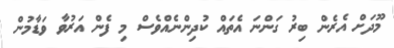
މޫދަށް އެރެން ބިރު ގަންނަ އެތައް ކުދިންނެއްވެސް މި ފެން އަރުވާ ވަޑާމުން